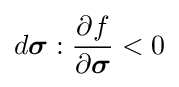
d{\boldsymbol {\sigma }}:{\frac {\partial f}{\partial {\boldsymbol {\sigma }}}}<0